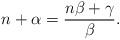
LaTeX: \begin{align*} n+\alpha =\frac{n \beta+\gamma} {\beta}. \end{align*}